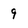
Character: 9